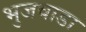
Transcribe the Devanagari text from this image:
भुजवाडा